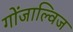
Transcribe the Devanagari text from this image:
गोंजाल्विज